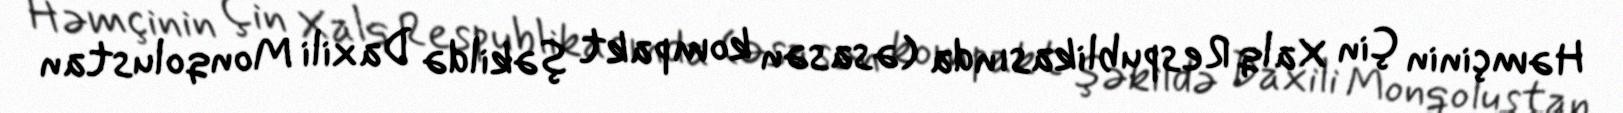
Həmçinin Çin Xalq Respublikasında (əsasən kompakt şəkildə Daxili Monqolustan